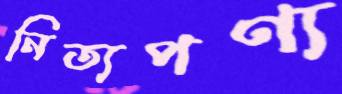
নিত্যপণ্য